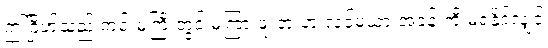
ဤဂြိုဟ်သည် ကင်းမကြီးတွင် မကြားဖူးဘူးဟု လင်မယားအခန်းကို မရနိုင်လျှင်